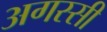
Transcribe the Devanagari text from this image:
अगस्सी